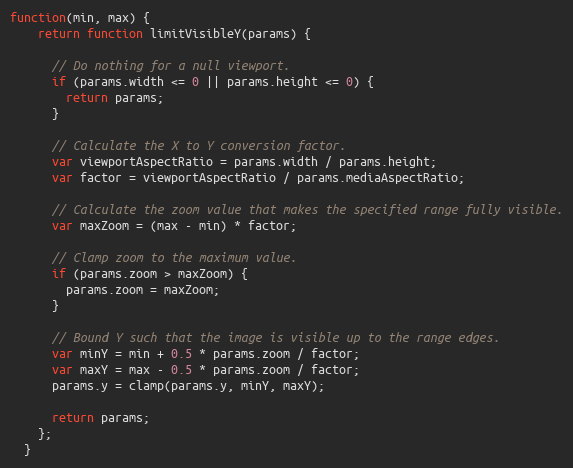
Language: JavaScript
function(min, max) {
    return function limitVisibleY(params) {

      // Do nothing for a null viewport.
      if (params.width <= 0 || params.height <= 0) {
        return params;
      }

      // Calculate the X to Y conversion factor.
      var viewportAspectRatio = params.width / params.height;
      var factor = viewportAspectRatio / params.mediaAspectRatio;

      // Calculate the zoom value that makes the specified range fully visible.
      var maxZoom = (max - min) * factor;

      // Clamp zoom to the maximum value.
      if (params.zoom > maxZoom) {
        params.zoom = maxZoom;
      }

      // Bound Y such that the image is visible up to the range edges.
      var minY = min + 0.5 * params.zoom / factor;
      var maxY = max - 0.5 * params.zoom / factor;
      params.y = clamp(params.y, minY, maxY);

      return params;
    };
  }